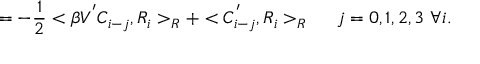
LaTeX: = - \frac { 1 } { 2 } < \beta V ^ { ' } C _ { i - j } , R _ { i } > _ { R } + < C _ { i - j } ^ { ' } , R _ { i } > _ { R } \ \ \ \ j = 0 , 1 , 2 , 3 \ \forall i .